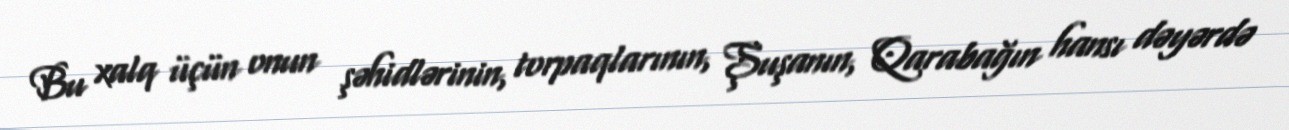
Bu xalq üçün onun şəhidlərinin, torpaqlarının, Şuşanın, Qarabağın hansı dəyərdə